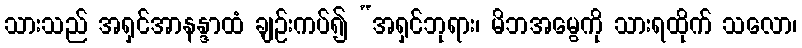
သားသည် အရှင်အာနန္ဒာထံ ချဉ်းကပ်၍ “အရှင်ဘုရား၊ မိဘအမွေကို သားရထိုက် သလော၊